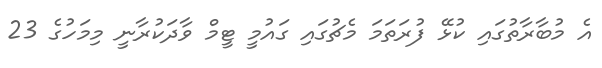
އެ މުބާރާތުގައި ކުޅޭ ފުރަތަމަ މެޗުގައި ގައުމީ ޓީމް ވާދަކުރާނީ މިމަހުގެ 23